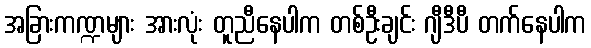
အခြားကဏ္ဍများ အားလုံး တူညီနေပါက တစ်ဦးချင်း ဂျီဒီပီ တက်နေပါက